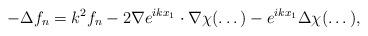
LaTeX: \begin{align*}-\Delta f_n=k^2f_n-2\nabla e^{ikx_1}\cdot \nabla\chi(\dots)-e^{ikx_1}\Delta\chi(\dots),\end{align*}